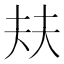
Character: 㚘